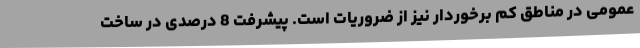
عمومی در مناطق کم برخوردار نیز از ضروریات است. پیشرفت 8 درصدی در ساخت